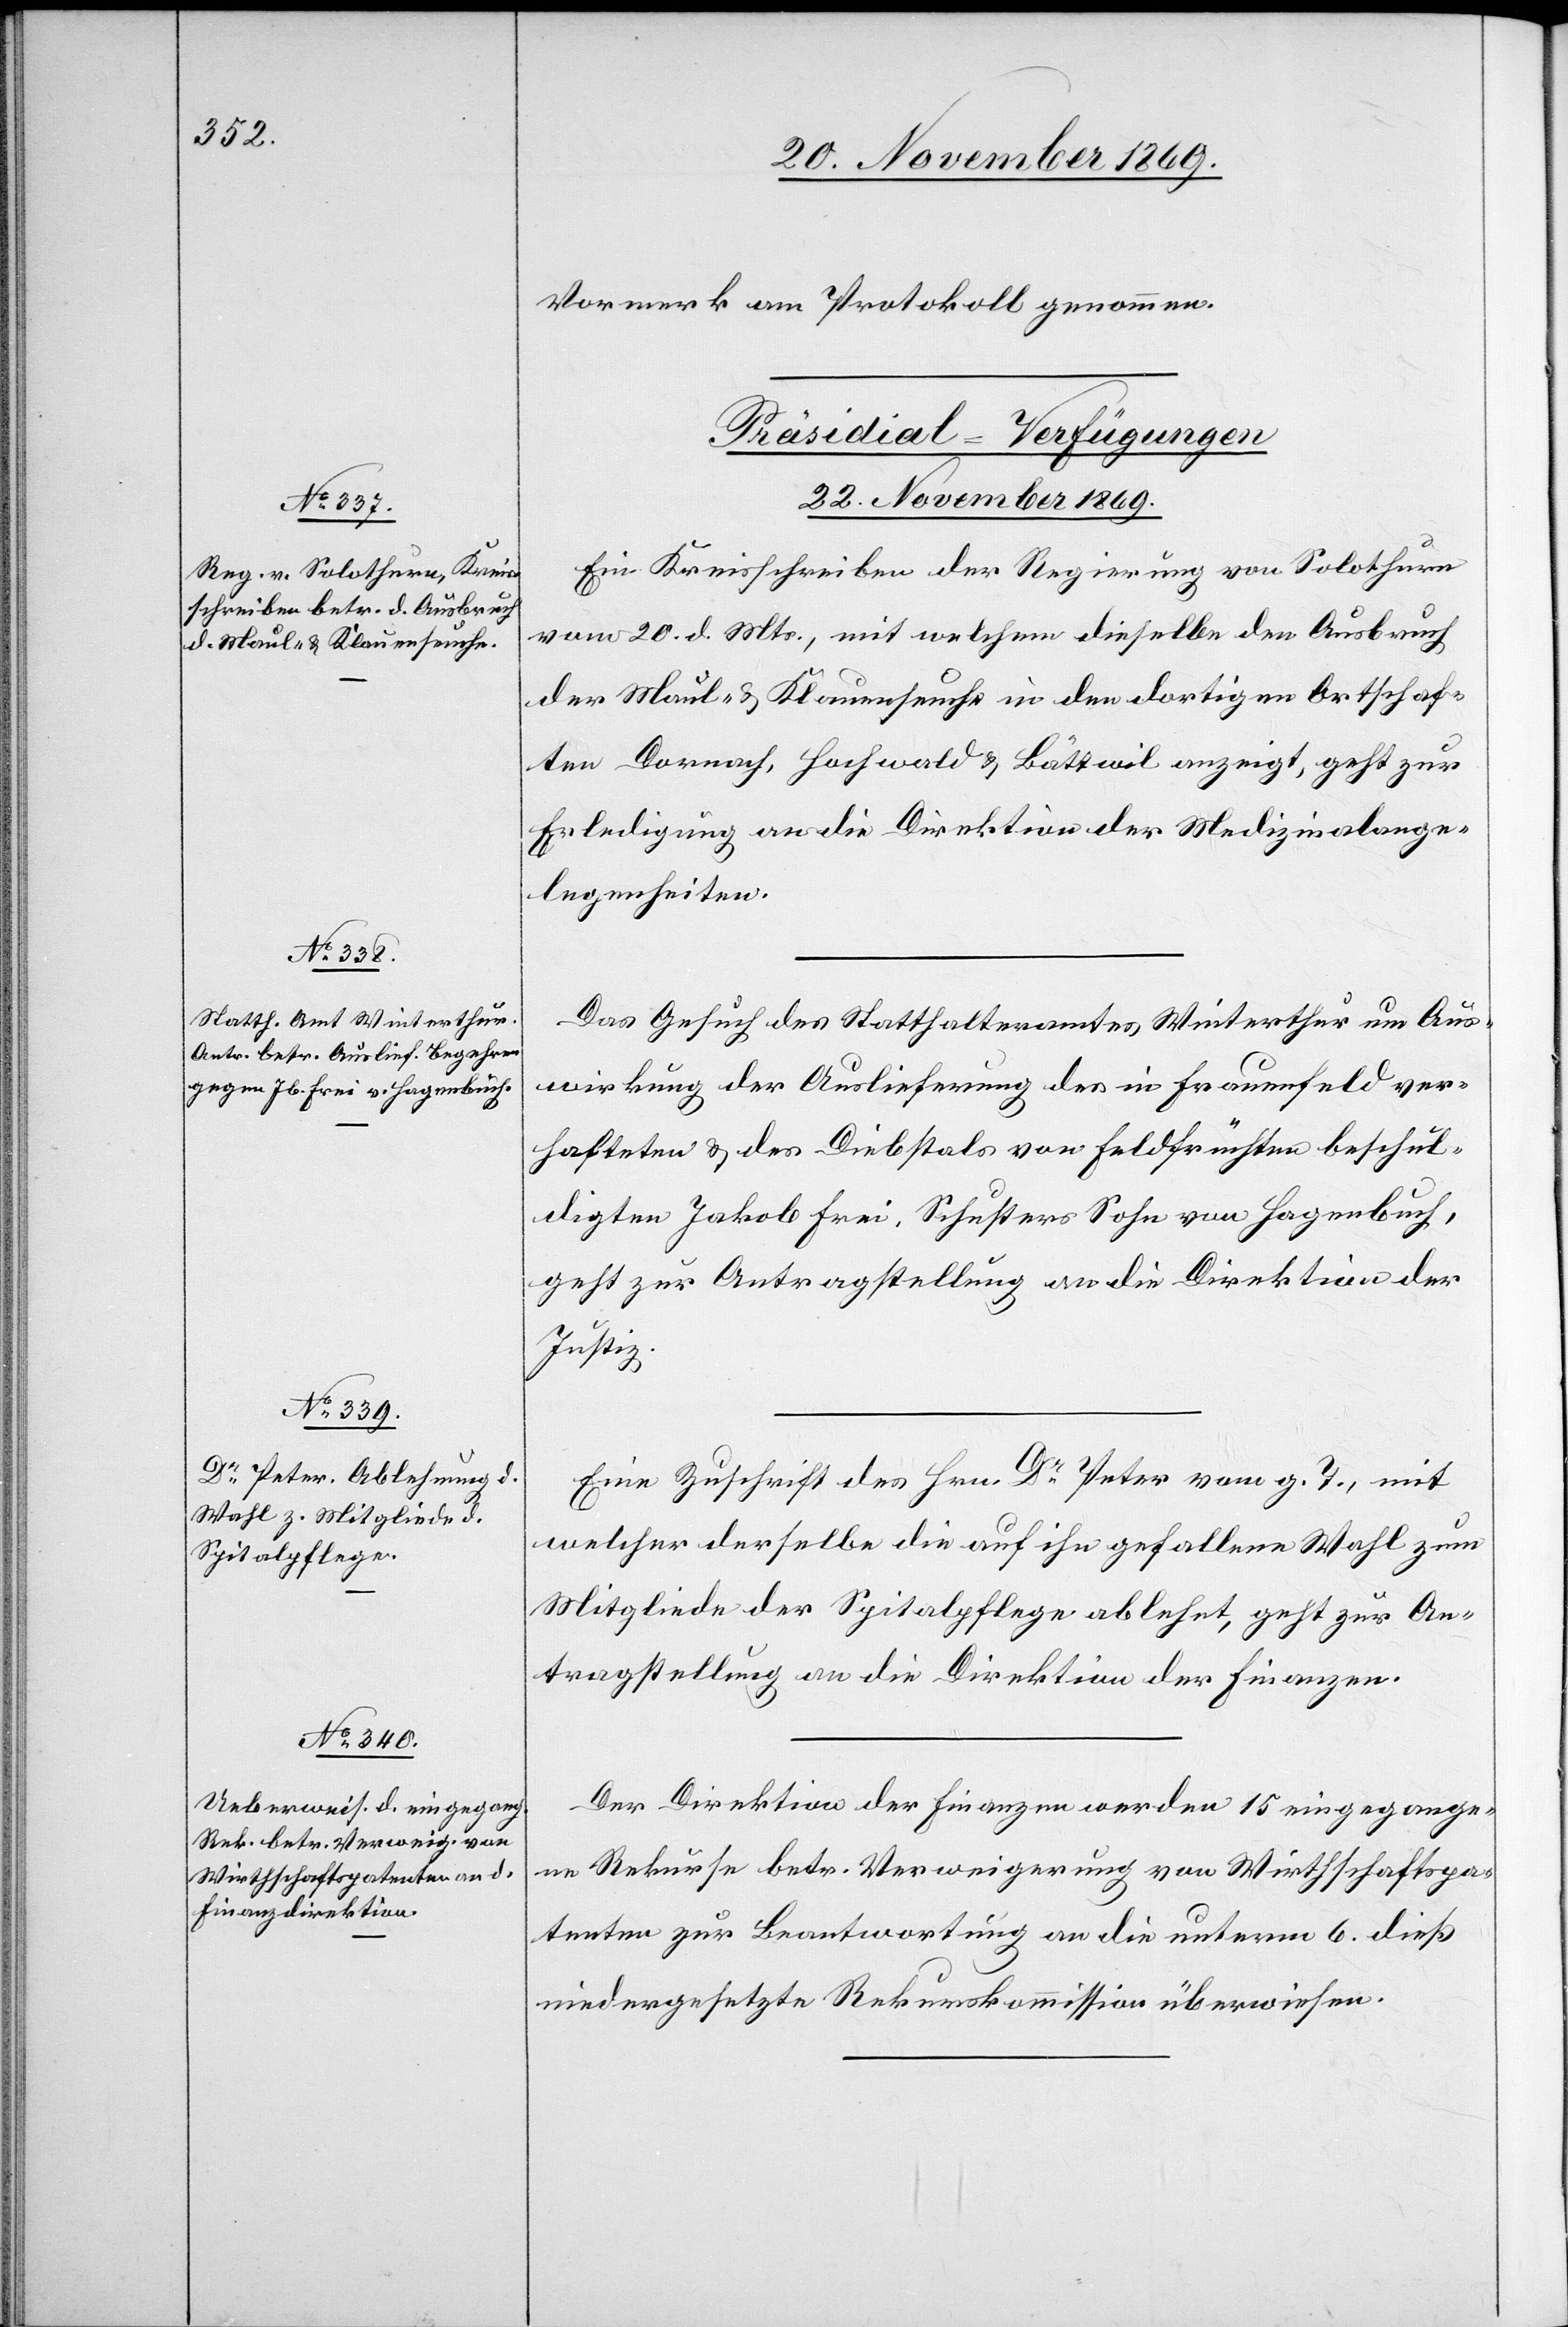
Vormerk am Protokoll genommen.
[Präsidial-Verfügungen
22. November 1869.]
Ein Kreisschreiben der Regierung von Solothurn
vom 20. d. Mts., mit welchem dieselbe den Ausbruch
der Maul- & Klauenseuche in den dortigen Ortschaf¬
ten Dornach, Hochwald & Bättwil anzeigt, geht zur
Erledigung an die Direktion der Medizinalange¬
legenheiten.
Das Gesuch des Statthalteramtes Winterthur um Aus¬
wirkung der Auslieferung des in Frauenfeld ver¬
hafteten & des Diebstals von Feldfrüchten beschul¬
digten Jakob Frei, Schusters Sohn von Hagenbuch,
geht zur Antragstellung an die Direktion der
Justiz.
Eine Zuschrift des Hrn. Dr Peter vom g. T., mit
welcher derselbe die auf ihn gefallene Wahl zum
Mitgliede der Spitalpflege ablehnt, geht zur An¬
tragstellung an die Direktion der Finanzen.
Der Direktion der Finanzen werden 15 eingegange¬
ne Rekurse betr. Verweigerung von Wirthschaftspa¬
tenten zur Beantwortung an die unterm 6. dieß
niedergesetzte Rekurskommission überwiesen.